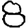
Digit: 8